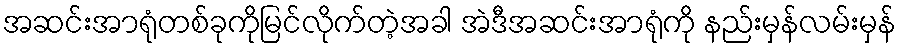
အဆင်းအာရုံတစ်ခုကိုမြင်လိုက်တဲ့အခါ အဲဒီအဆင်းအာရုံကို နည်းမှန်လမ်းမှန်